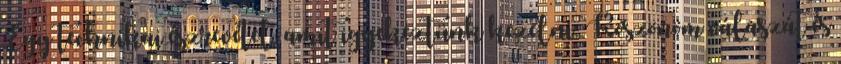
Egy technikai észrevétel, amit igyekeztünk kezelni: Köszönöm válaszát és